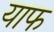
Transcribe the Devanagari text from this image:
याफ